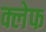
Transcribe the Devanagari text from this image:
क्लेफ